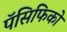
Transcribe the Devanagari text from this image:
पॅसिफिको